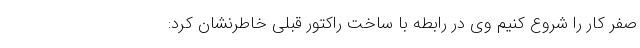
صفر کار را شروع کنیم وی در رابطه با ساخت راکتور قبلی خاطرنشان کرد: